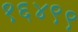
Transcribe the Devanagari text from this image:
१६४९९